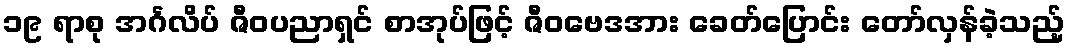
၁၉ ရာစု အင်္ဂလိပ် ဇီဝပညာရှင် စာအုပ်ဖြင့် ဇီဝဗေဒအား ခေတ်ပြောင်း တော်လှန်ခဲ့သည့်